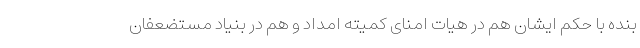
بنده با حکم ایشان هم در هیات امنای کمیته امداد و هم در بنیاد مستضعفان